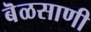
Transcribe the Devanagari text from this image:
बॆळसाणी